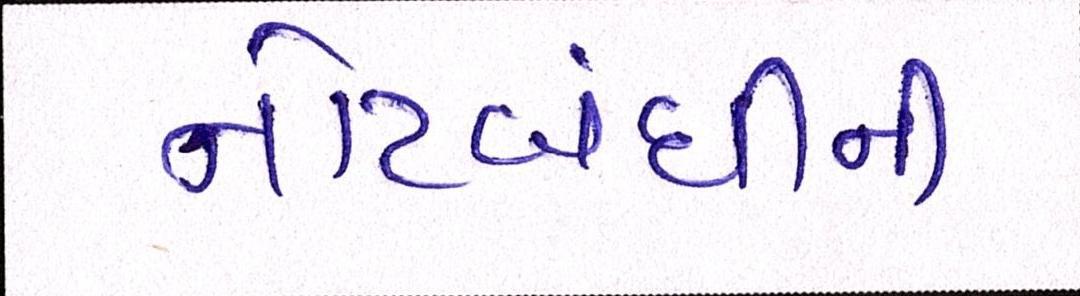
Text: નોટબંધીની